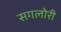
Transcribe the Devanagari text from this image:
सगलोरी